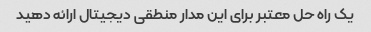
یک راه حل معتبر برای این مدار منطقی دیجیتال ارائه دهید